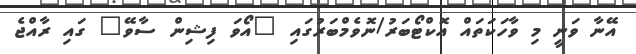
އޭނާ ވަނީ މި ވާހަކަތައް އޮކްޓޯބަރު/ނޮވެމްބަރުގައި "އޯވަ ފިޝިން ސާވޭ" ގައި ރާއްޖެ